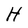
Character: H